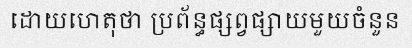
ដោយហេតុថា ប្រព័ន្ធផ្សព្វផ្សាយមួយចំនួន